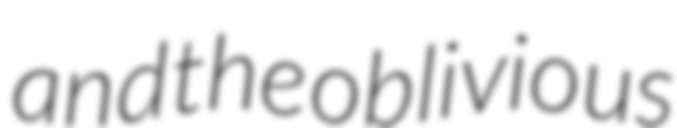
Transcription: and the oblivious